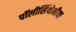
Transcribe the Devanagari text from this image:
पॉलीसिंथेमीया